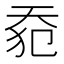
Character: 𰋡